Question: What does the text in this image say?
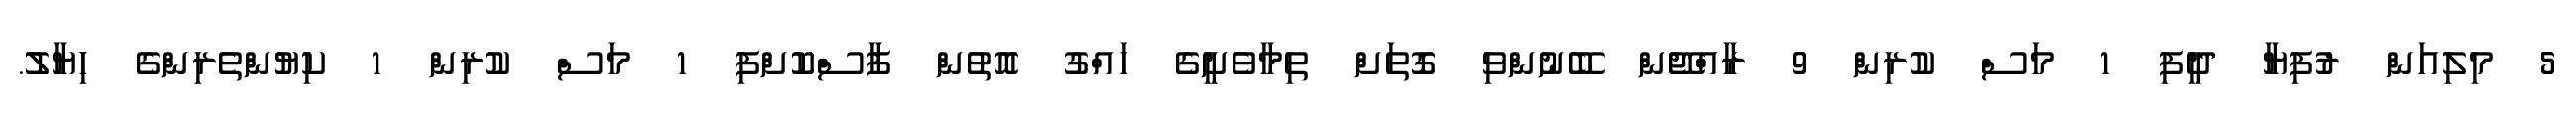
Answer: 5 މިލިއަން ރުފިޔާ ދީފި 1 މަސް ކުރިން 9 ރާއްޖޭން ބޭނުންވި ގޮތަށް ތިމާވެށީގެ ހައްގު އޮތުން ފާސްކޮށްފި 1 މަސް ކުރިން 1 ކިޔުންތެރިންގެ ހިޔާލު.